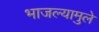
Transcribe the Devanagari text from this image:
भाजल्यामुले